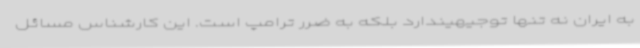
به ایران نه تنها توجیهیندارد بلکه به ضرر ترامپ است. این کارشناس مسائل